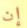
إن